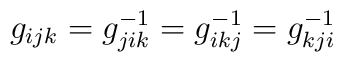
g_{ijk}=g_{jik}^{-1}=g_{ikj}^{-1}=g_{kji}^{-1}